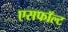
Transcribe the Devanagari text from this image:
एसफॉल्ट